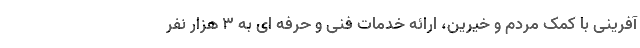
آفرینی با کمک مردم و خیرین، ارائه خدمات فنی و حرفه ای به ۳ هزار نفر